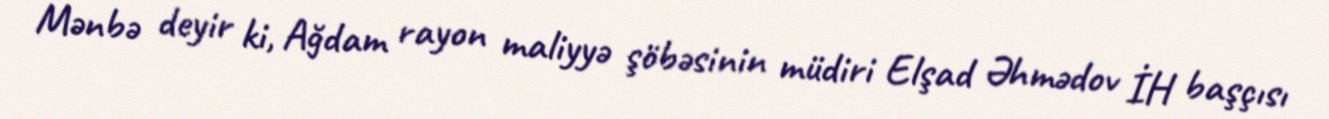
Mənbə deyir ki, Ağdam rayon maliyyə şöbəsinin müdiri Elşad Əhmədov İH başçısı